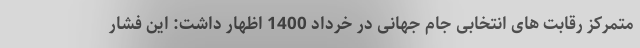
متمرکز رقابت های انتخابی جام جهانی در خرداد 1400 اظهار داشت: این فشار